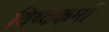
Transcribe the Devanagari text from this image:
विष्वकर्मा